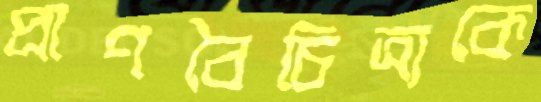
প্রাণবৈচিত্র্যকে